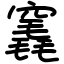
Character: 竁